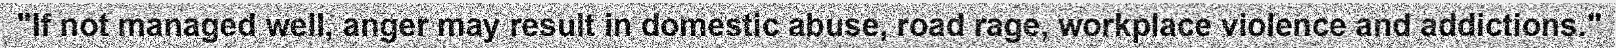
"If not managed well, anger may result in domestic abuse, road rage, workplace violence and addictions."